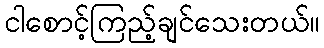
ငါစောင့်ကြည့်ချင်သေးတယ်။